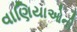
વાણિયાઓની